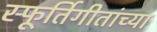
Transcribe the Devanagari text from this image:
स्फूर्तिगीतांच्या